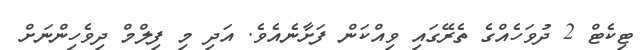
ޓިކެޓް 2 ދުވަހެއްގެ ތެރޭގައި ވިއްކަން ފަށާނެއެވެ. އަދި މި ފިލްމް ދިވެހިންނަށް